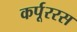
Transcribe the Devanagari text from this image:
कर्पूररस